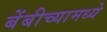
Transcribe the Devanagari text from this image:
बेंबीच्यामध्ये